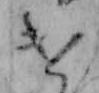
け